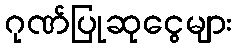
ဂုဏ်ပြုဆုငွေများ